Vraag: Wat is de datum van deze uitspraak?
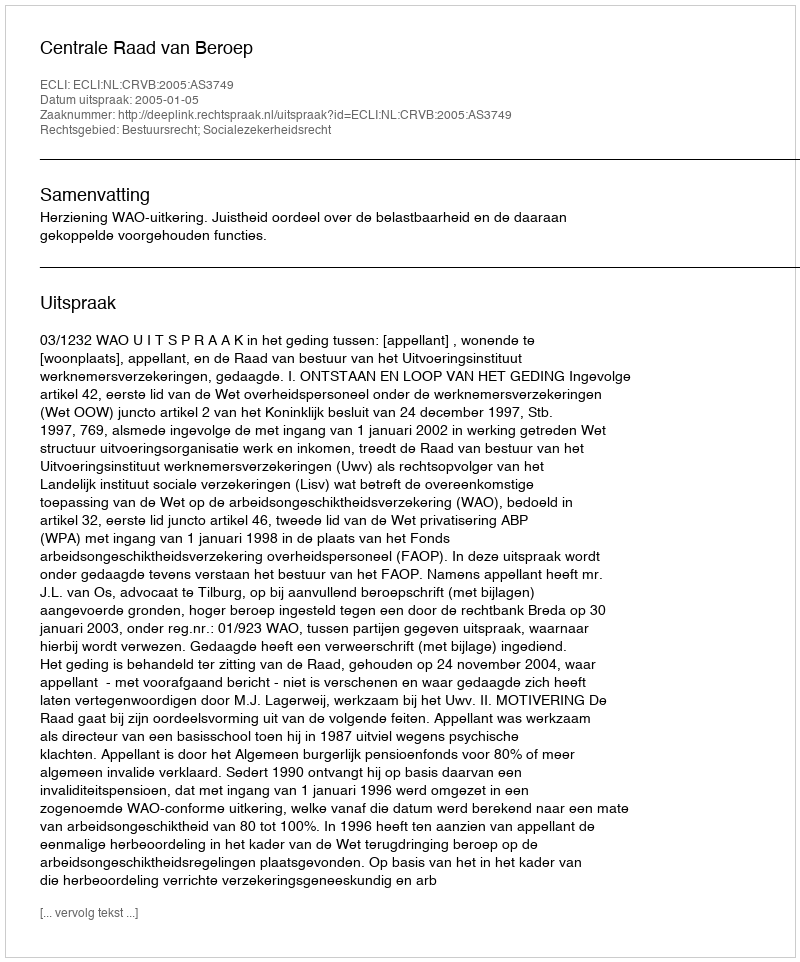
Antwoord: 2005-01-05